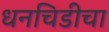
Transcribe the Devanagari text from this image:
धनचिडीचा